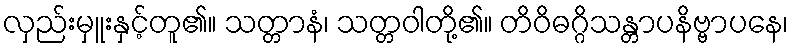
လှည်းမှူးနှင့်တူ၏။ သတ္တာနံ၊ သတ္တဝါတို့၏။ တိဝိဓဂ္ဂိသန္တာပနိဗ္ဗာပနေ၊